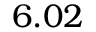
6 . 0 2